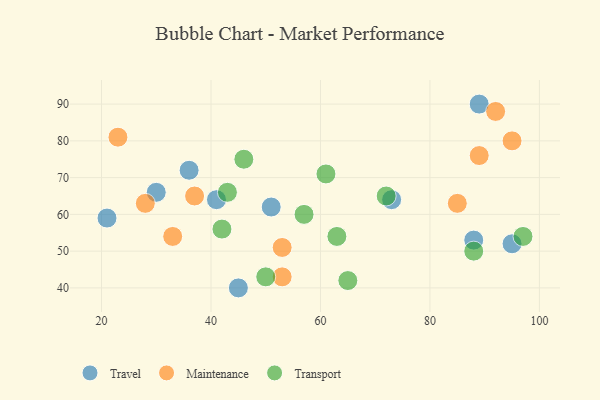
{"axis": {"x": "GDP", "y": "Life Expectancy"}, "legend": ["Maintenance", "Transport", "Travel"], "data": [{"x": "88", "y": 53, "type": "Travel"}, {"x": "30", "y": 66, "type": "Travel"}, {"x": "51", "y": 62, "type": "Travel"}, {"x": "21", "y": 59, "type": "Travel"}, {"x": "36", "y": 72, "type": "Travel"}, {"x": "95", "y": 52, "type": "Travel"}, {"x": "45", "y": 40, "type": "Travel"}, {"x": "73", "y": 64, "type": "Travel"}, {"x": "41", "y": 64, "type": "Travel"}, {"x": "89", "y": 90, "type": "Travel"}, {"x": "53", "y": 51, "type": "Maintenance"}, {"x": "95", "y": 80, "type": "Maintenance"}, {"x": "37", "y": 65, "type": "Maintenance"}, {"x": "23", "y": 81, "type": "Maintenance"}, {"x": "89", "y": 76, "type": "Maintenance"}, {"x": "33", "y": 54, "type": "Maintenance"}, {"x": "85", "y": 63, "type": "Maintenance"}, {"x": "28", "y": 63, "type": "Maintenance"}, {"x": "92", "y": 88, "type": "Maintenance"}, {"x": "53", "y": 43, "type": "Maintenance"}, {"x": "72", "y": 65, "type": "Transport"}, {"x": "61", "y": 71, "type": "Transport"}, {"x": "50", "y": 43, "type": "Transport"}, {"x": "97", "y": 54, "type": "Transport"}, {"x": "88", "y": 50, "type": "Transport"}, {"x": "46", "y": 75, "type": "Transport"}, {"x": "42", "y": 56, "type": "Transport"}, {"x": "57", "y": 60, "type": "Transport"}, {"x": "65", "y": 42, "type": "Transport"}, {"x": "43", "y": 66, "type": "Transport"}, {"x": "63", "y": 54, "type": "Transport"}]}